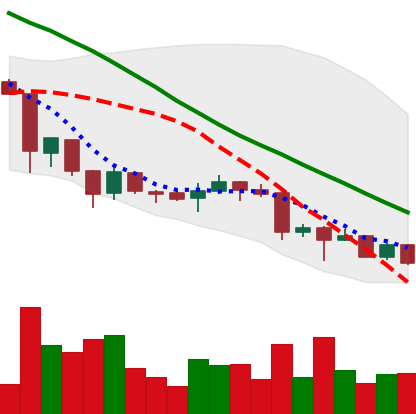
Ticker: XRP-USD
Chart end date: 2018-06-28
Forward return: 8.198%
Label: up_7plus